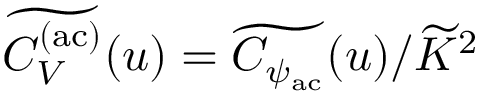
\widetilde { C _ { V } ^ { \mathrm { ( a c ) } } } ( u ) = \widetilde { C _ { \psi _ { \mathrm { a c } } } } ( u ) / \widetilde { K } ^ { 2 }